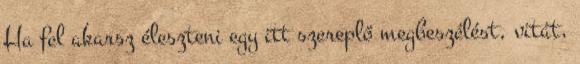
Ha fel akarsz éleszteni egy itt szereplő megbeszélést, vitát,